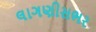
લાગણીસભર